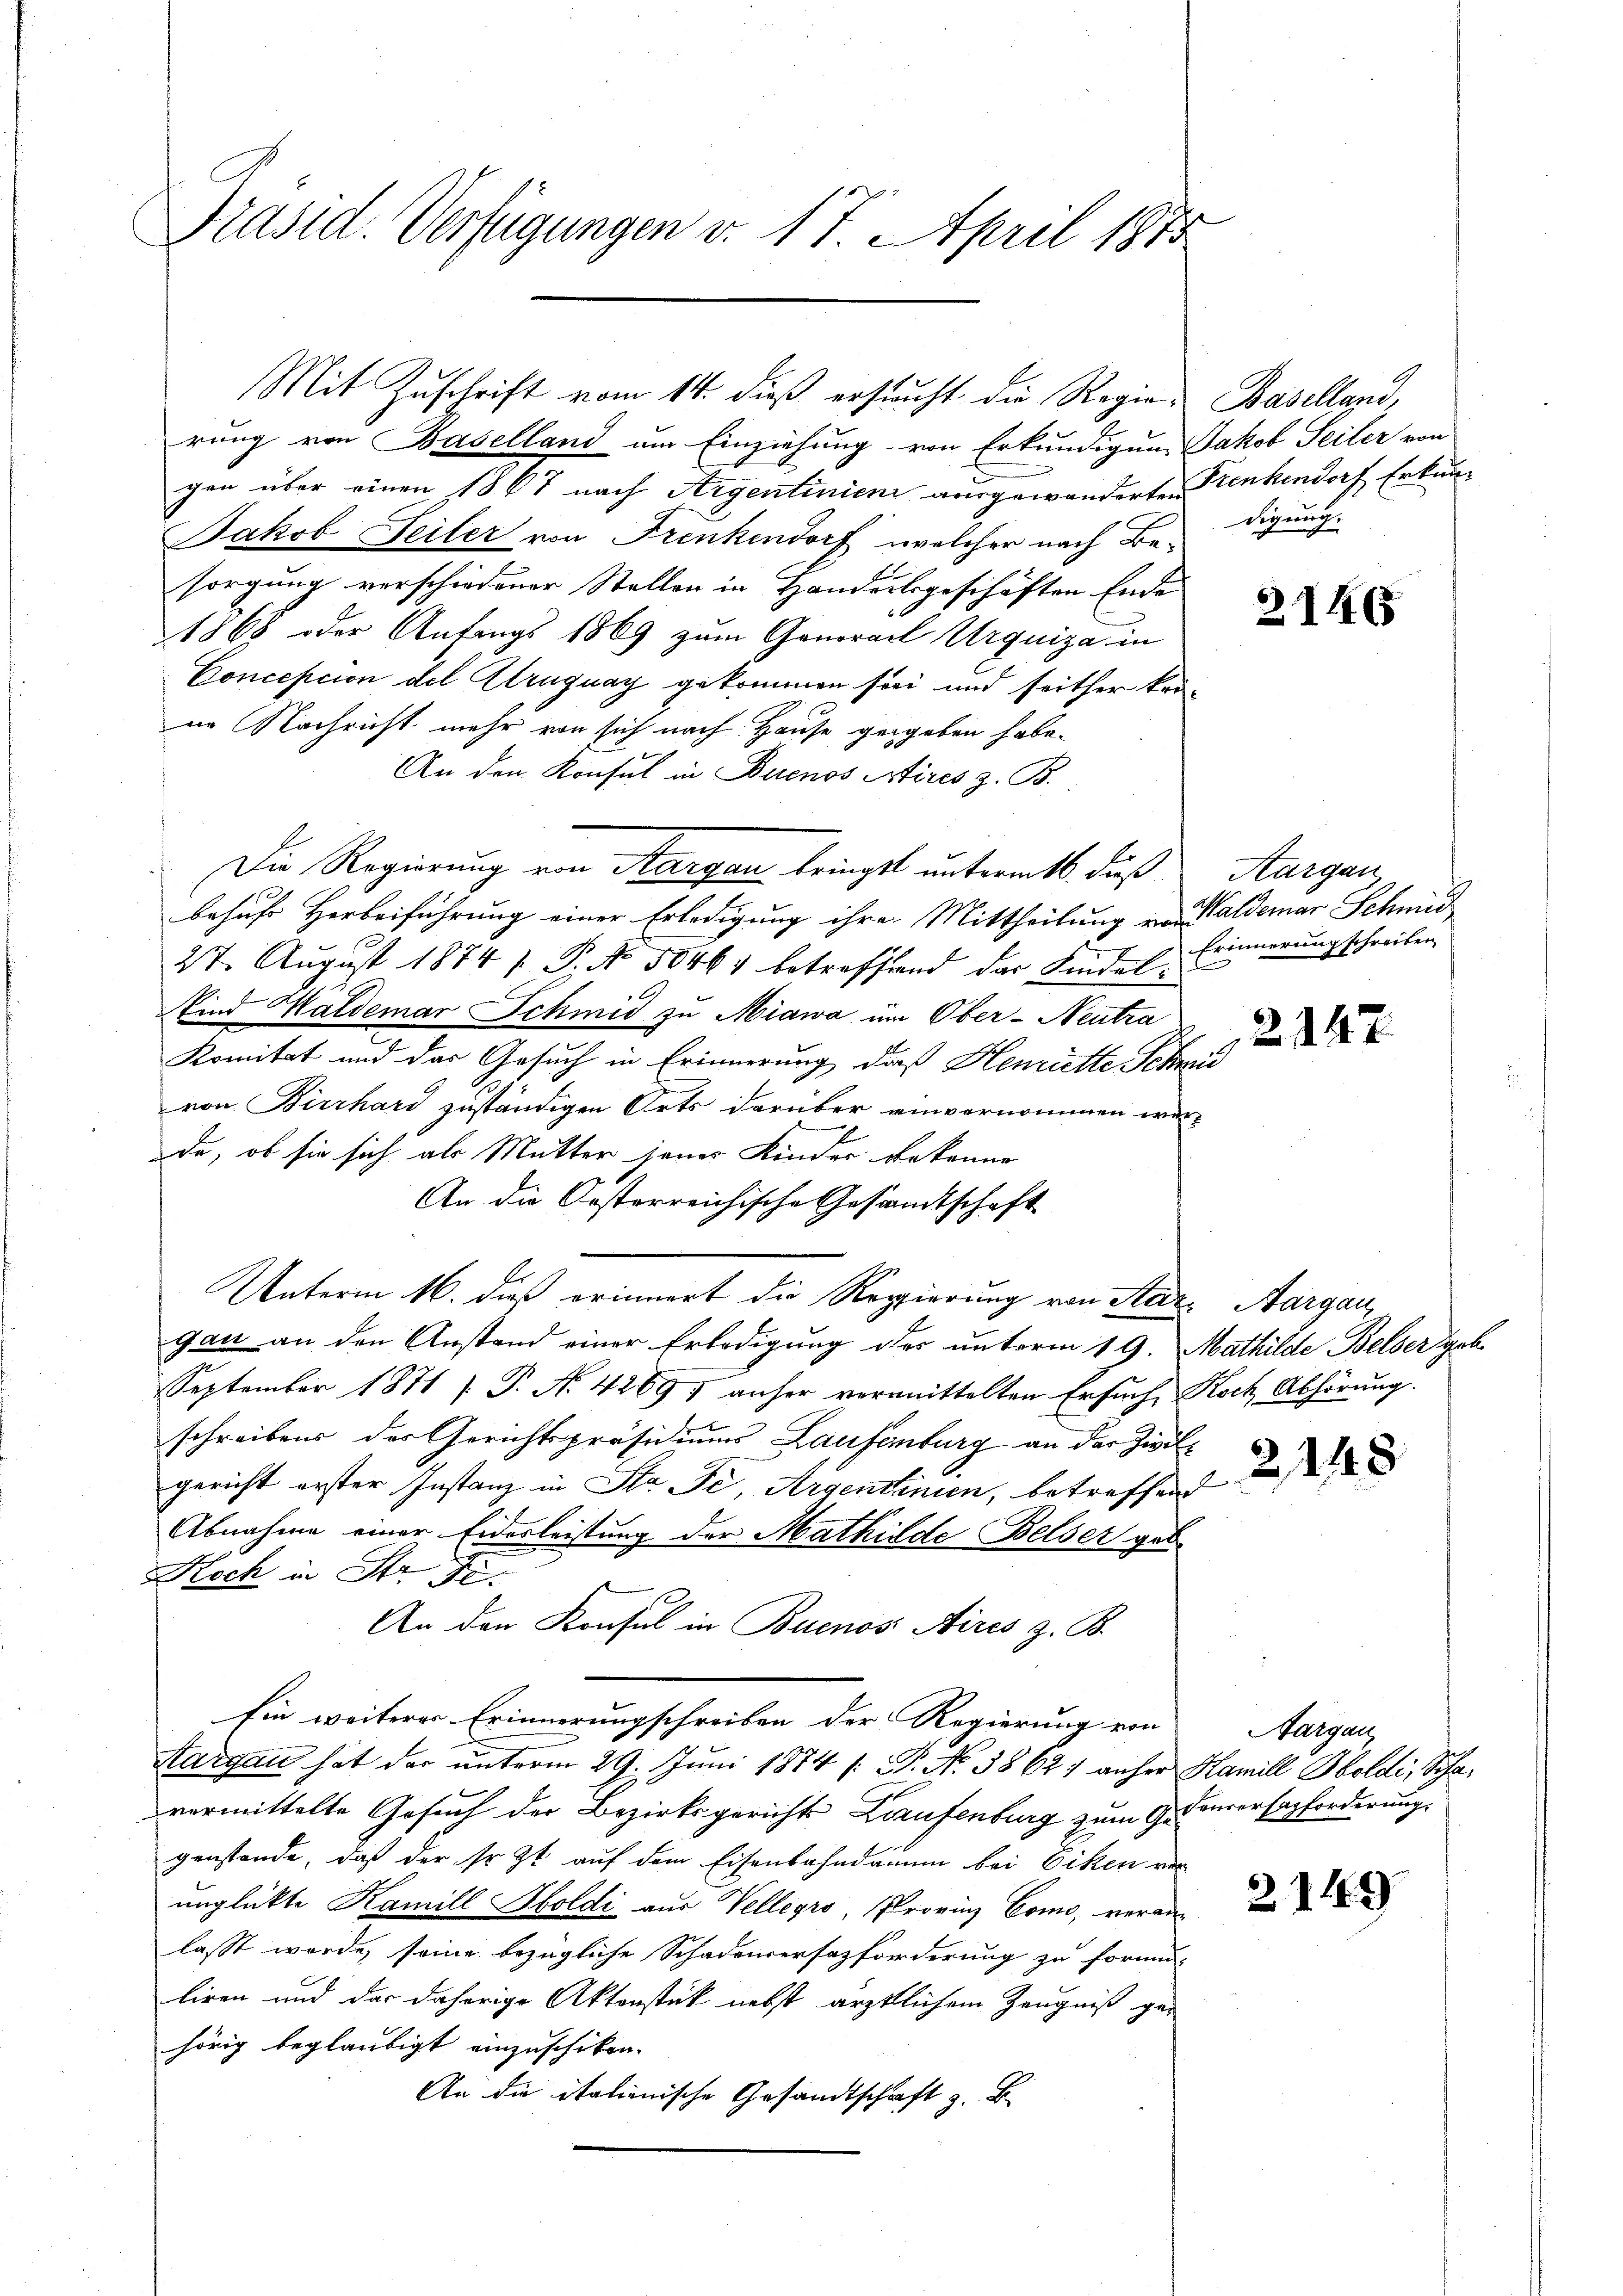
Präsid. Verfügungen v. 17. April 1875

rung von Baselland um Einziehung von Erkundigung Jakob Seiler von
gen über einen 1867 nach Argentinien ausgewanderten Krenkendorf Erkun¬
Jakob Seiler von Frenkendorf, welcher nach Besorgung verschiedener Stellen in Handelsgeschäften Ende
1868 oder Anfangs 1869 zum Ganorarl Urquiza in
Conception del Alruguay gekommen sei und seither konin Nachricht mehr von sich nach Hause gegeben habe.
An den Konsul in Buenos Aires z. B.
Die Regierung von Aargau bringst unterm 16. daß
behufs Herbeiführung einer Erledigung ihre Mittheilung von Waldemar Schmid¬
27. August 1874 f. P. No. 50464 betreffend das Kindel¬
Kind Waldemar Schmid zu Miawa um Ober-Neutra
Komitet und das Gesuch in Erinnerung, daß Henriette Schmid
von Birrhard zuständigen Orts darüber einvernommen werde, ob sie sich als Mutter jenes Kinder Rekonne
An die Oesterreichische Gesandtschaft
Unterm 16. dieß erinnert die Regierung von Stat. Aargau,
gan an den Anstand einer Erledigung des unterm 19. Mathilde Belser geb
September 1871 (T. N. 42697 anher vermittelten Ersuche Koch Abhörung.
schreibens des Gerichtspräsidiums Laufenburg an der Zivilgericht erster Instanz in Str. Je, Argentinien, betreffend
Abnahme einer Eidesleistung der Mathilde Belser geb
Koch in Str. Fe
An den Konsul in Buenos Aires z. B.
Ein weiterer Erinnerungschreiben der Regierung von
Aargau hat der unterm 29. Juni 1874 [: P. No. 3862) anher Hamill Bboldi, Schavermittelte Gesuch der Bezirksgericht Laufenburg zum H. Courorsazforderung
genstande, daß der sr. Zt. auf dem Eisenbahndamm bei Eiken ver
unglükte Kamill Soldi aus Vellegio, Provinz Como, verein
lasst werde, seine bezügliche Schadenversatzforderung zu formen-
liren und der daherige Aktenstück nebst ärztlichem Zeugniß ge-
hörig beglaubigt einzuschiken.
An die italienische Gesandtschaft z. B.

Mit Zuschrift vom 14. dieß ersucht die Regie-Baselland,

digung.

2146

Aargau
Erinnerung schreiben

2247

214.

Aargau

2149